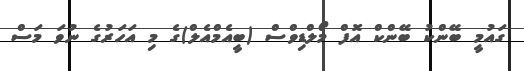
ގައުމީ ބޭންކު ބޭންކް އޮފް މޯލްޑިވްސް (ބީއެމްއެލް)ގެ މި އަހަރުގެ ނުވަ މަސް